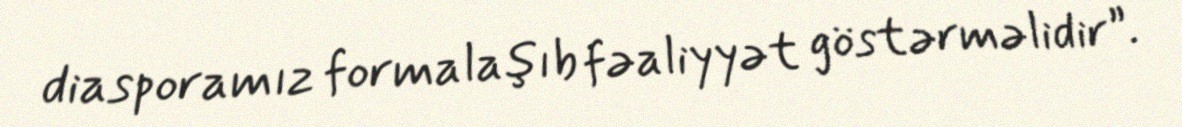
diasporamız formalaşıb fəaliyyət göstərməlidir”.